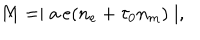
LaTeX: M = \mid a \, e ( n _ { e } + \tau _ { 0 } n _ { m } ) \mid ,